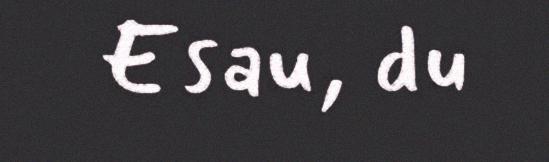
Esau, du